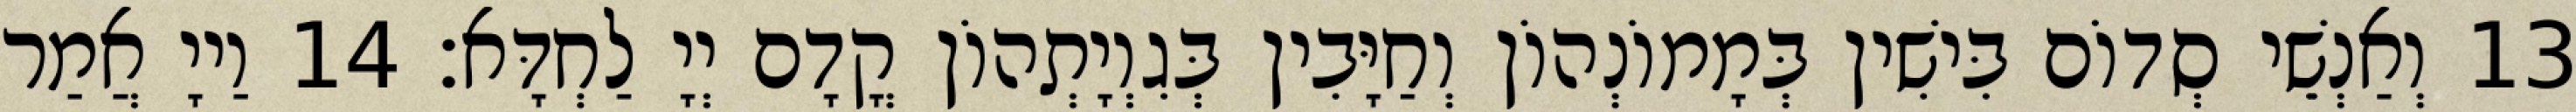
13 וְאַנְשֵׁי סְדוֹם בִּישִׁין בְּמָמוֹנְהוֹן וְחַיָּבִין בְּגִוְיָתְהוֹן קֳדָם יְיָ לַחְדָּא׃ 14 וַייָ אֲמַר